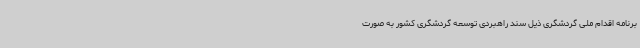
برنامه اقدام ملی گردشگری ذیل سند راهبردی توسعه گردشگری کشور به صورت